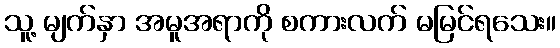
သူ့ မျက်နှာ အမူအရာကို စကားလက် မမြင်ရသေး။